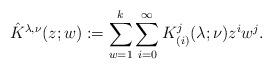
LaTeX: \begin{align*}\hat{K}^{\lambda,\nu}(z;w):=\sum_{w=1}^k \sum_{i=0}^{\infty} K^j_{(i)}(\lambda;\nu)z^iw^j.\end{align*}